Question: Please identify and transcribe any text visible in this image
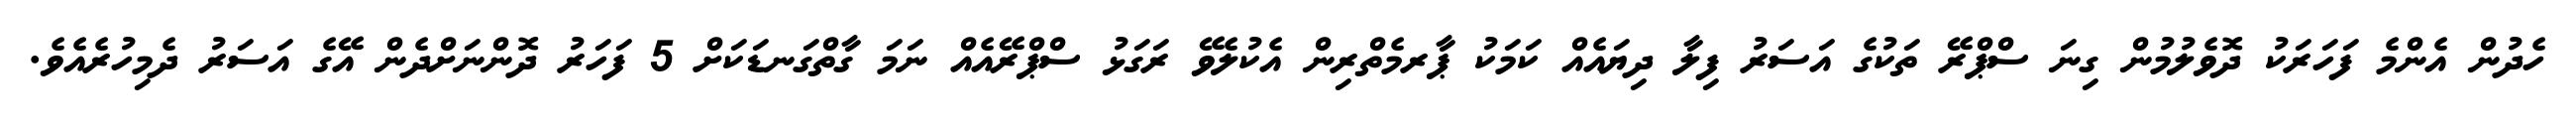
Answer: ހެދުން އެންމެ ފަހަރަކު ދޮވެލުމުން ގިނަ ސްޕްރޭ ތަކުގެ އަސަރު ފިލާ ދިޔައެއް ކަމަކު ޕާރމެތްރިން އެކުލެވޭ ރަގަޅު ސްޕްރޭއެއް ނަމަ ގާތްގަނޑަކަށް 5 ފަހަރު ދޮންނަށްދެން އޭގެ އަސަރު ދެމިހުރެއެވެ.